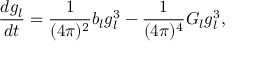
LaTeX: \frac { d g _ { l } } { d t } = \frac { 1 } { ( 4 \pi ) ^ { 2 } } b _ { l } g _ { l } ^ { 3 } - \frac { 1 } { ( 4 \pi ) ^ { 4 } } G _ { l } g _ { l } ^ { 3 } ,